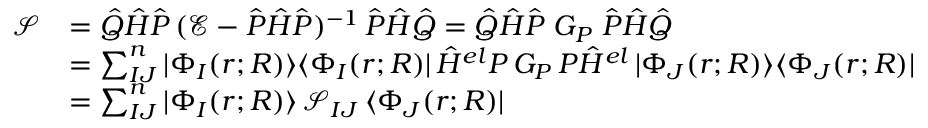
\begin{array} { r l } { \mathcal { S } } & { = \hat { Q } \hat { H } \hat { P } \, ( \mathcal { E } - \hat { P } \hat { H } \hat { P } ) ^ { - 1 } \, \hat { P } \hat { H } \hat { Q } = \hat { Q } \hat { H } \hat { P } \; G _ { P } \; \hat { P } \hat { H } \hat { Q } } \\ & { = \sum _ { I J } ^ { n } | \Phi _ { I } ( r ; R ) \rangle \langle \Phi _ { I } ( r ; R ) | \, \hat { H } ^ { e l } P \, G _ { P } \, P \hat { H } ^ { e l } \, | \Phi _ { J } ( r ; R ) \rangle \langle \Phi _ { J } ( r ; R ) | } \\ & { = \sum _ { I J } ^ { n } | \Phi _ { I } ( r ; R ) \rangle \, \mathcal { S } _ { I J } \, \langle \Phi _ { J } ( r ; R ) | } \end{array}